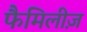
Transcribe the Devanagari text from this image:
फैमिलीज़